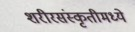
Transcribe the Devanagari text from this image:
शरीरसंस्कृतीमध्ये